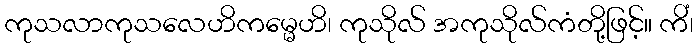
ကုသလာကုသလေဟိကမ္မေဟိ၊ ကုသိုလ် အကုသိုလ်ကံတို့ဖြင့်။ ကိံ၊